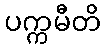
ပက္ကမီတိ